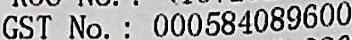
GST NO. : 000584089600